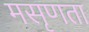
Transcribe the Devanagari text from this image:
मसृणता